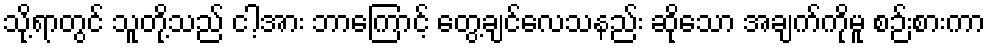
သို့ရာတွင် သူတို့သည် ငါ့အား ဘာကြောင့် တွေ့ချင်လေသနည်း ဆိုသော အချက်ကိုမူ စဉ်းစားကာ